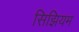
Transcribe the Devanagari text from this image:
सिझियम